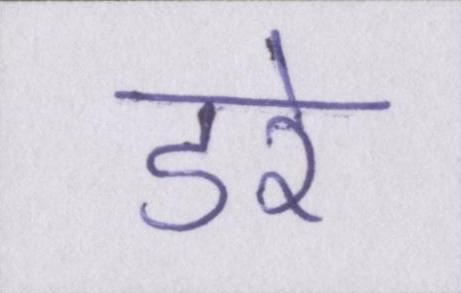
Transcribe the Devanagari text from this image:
डरे